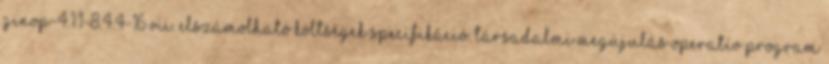
GINOP-4.1.1-8.4.4-16 VII. ELSZÁMOLHATÓ KÖLTSÉGEK SPECIFIKÁCIÓ. Társadalmi Megújulás Operatív Program